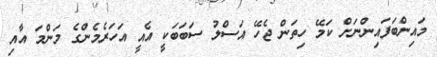
މައިންބަފައިންނަށް ކަމޭ ހިތަން ޖެހޭ އަސްލު ސަބަބަކީ އެއީ އަހަރެމެންގެ މަންމަ އާއި